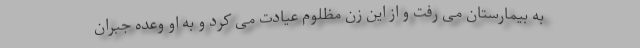
به بیمارستان می رفت و از این زن مظلوم عیادت می کرد و به او وعده جبران